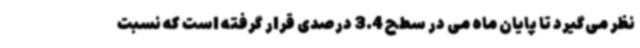
نظر می‌گیرد تا پایان ماه می در سطح 3.4 درصدی قرار گرفته است که نسبت